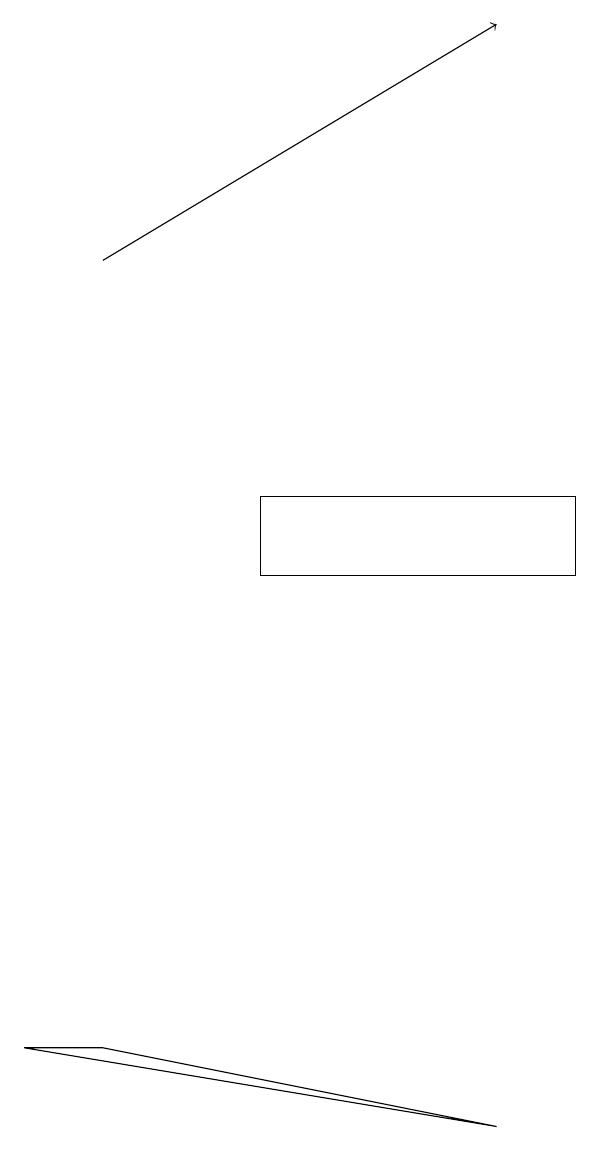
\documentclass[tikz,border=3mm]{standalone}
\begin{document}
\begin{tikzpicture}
\draw[->] (3,15) -- (8,18);
\draw (3,5) -- (8,4) -- (2,5) -- cycle;
\draw (5,12) rectangle (9,11);
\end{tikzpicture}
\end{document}